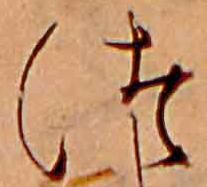
つ